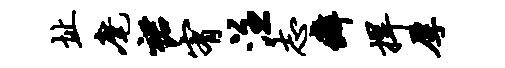
址麾裙宥注志癖捍厚